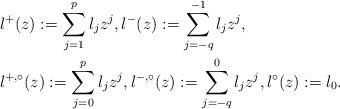
LaTeX: \begin{align*}& l^+(z) := \sum_{j=1}^p l_j z^j, l^-(z) := \sum_{j=-q}^{-1} l_j z^j, \\& l^{+,\circ}(z) := \sum_{j=0}^p l_j z^j, l^{-,\circ}(z) := \sum_{j=-q}^0 l_j z^j, l^{\circ}(z) := l_0.\end{align*}